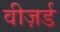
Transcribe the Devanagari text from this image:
वीज़र्ड